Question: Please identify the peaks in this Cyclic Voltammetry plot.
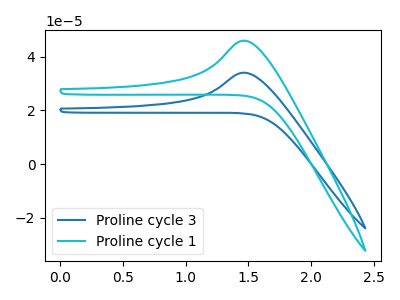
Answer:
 <answer>The blue curve "Proline cycle 3" has an anodic peak at: (1.45V, 34.10uA). The cyan curve "Proline cycle 1" has an anodic peak at: (1.45V, 46.05uA).</answer>
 <eval></eval>